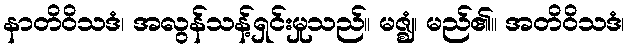
နာတိဝိသဒံ၊ အလွန်သန့်ရှင်းမှုသည်။ မဇ္ဈံ၊ မည်၏။ အတိဝိသဒံ၊